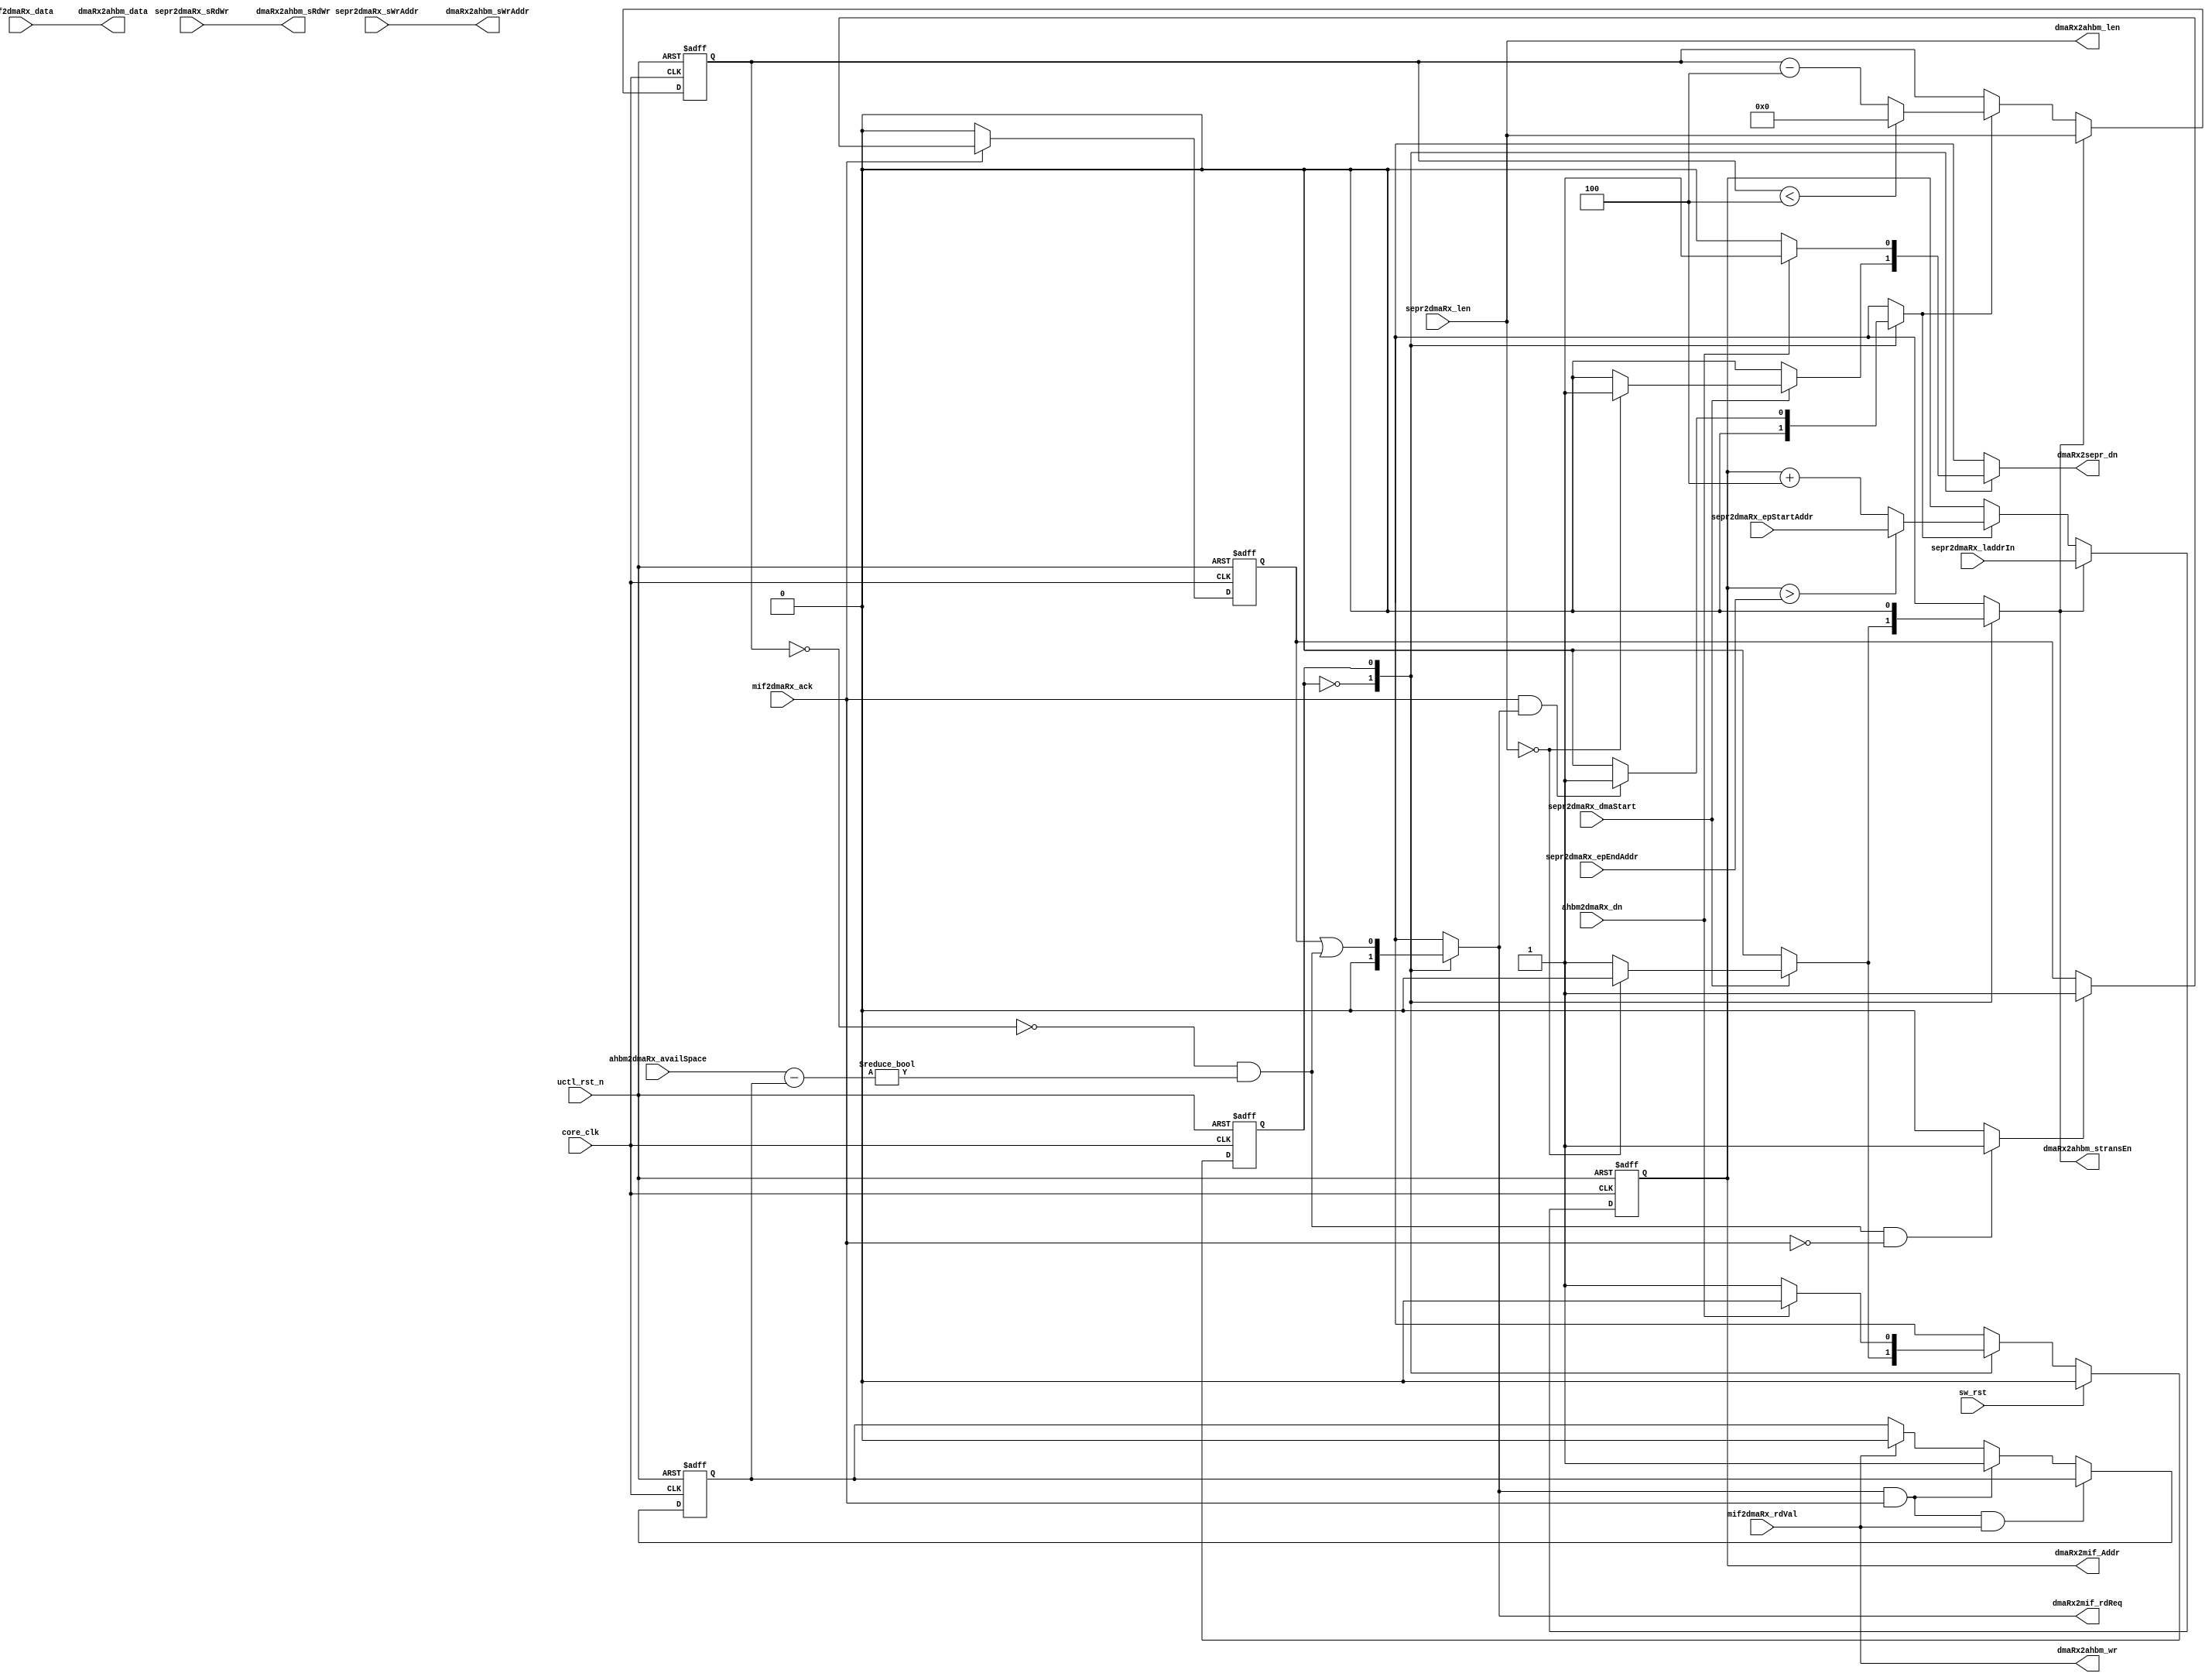
`timescale 1ns / 1ps
//-------------------------------------------------------------------
// Copyright  2012 TECHVULCAN, Inc. All rights reserved.   
// TechVulcan Confidential and Proprietary
// Not to be used, copied reproduced in whole or in part, nor   
// its contents   
// revealed in any manner to others without the express written   
// permission of TechVulcan
// Licensed Material.
// Program Property of TECHVULCAN Incorporated.
// ------------------------------------------------------------------
// AUTHOR EMAIL   : anuj.pandey@techvulcan.com
// VERSION  No.   : 0.4
//-------------------------------------------------------------------

//TODO fixes in 0.4
// 1. nearlyFull signal is changed now. Now we are seeing available space in fifo and acc to that we are
//    sending read request to memory.

//TODO  fixes in 0.3
// 1. nearlyFull signal is used now, earlier we were using full signal - done
// 2. memRedReq was going low without gettin ack, that bug is closed now.
// 3. now systemWrite address is coming from sepr. earlier it was coming from reg block

//TODO  fixes in 0.2
// 1. code for wrapping of memeory address is corrected now 

module uctl_dmaRx #(
   parameter CNTR_WD         = 20 ,                               
             DMA_RD_FIFO_ADR = 4  ,
             MEM_ADD_WD      = 32 ,
             DATA_SIZE       = 32 ,          
             ADDR_SIZE       = 32
)(
   //---------------------------------------------------------------
   // Global Signals
   //---------------------------------------------------------------
   input  wire                             uctl_rst_n              , 
   input  wire                             core_clk                ,

   //---------------------------------------------------------------
   // Register Interface                       -- reg
   //---------------------------------------------------------------
 //input  wire [1                      :0] reg2dmaRx_sBusIntf      ,// Bus Interface used for transfer --
                                                                    // 00: AHB master, 01: AXI master, 10: rsrvd, 11: rsrvd
   input  wire                             sw_rst                  ,// TODO : from where this signal will come ?

   //---------------------------------------------------------------
   // System Endpoint Controller Rx Interface  -- sepr
   //---------------------------------------------------------------    
   input  wire [ADDR_SIZE -1           :0] sepr2dmaRx_sWrAddr      ,// 32 bit write address in system memory
   input  wire [ADDR_SIZE -1           :0] sepr2dmaRx_laddrIn      ,// Local buffer address
   input  wire                             sepr2dmaRx_dmaStart     ,// Dma start. .high till it didnt receive Done signal from AHB
   input  wire [CNTR_WD   -1           :0] sepr2dmaRx_len          ,// Length of transfer in Bytes
   input  wire [ADDR_SIZE -1           :0] sepr2dmaRx_epStartAddr  ,// Endpoint Buffer Start Address for wrapping the data TODO : dis signals not used
   input  wire [ADDR_SIZE -1           :0] sepr2dmaRx_epEndAddr    ,// Endpoint Buffer End Address for wrapping the data   TODO : dis signals not used
 //input  wire [3                      :0] sepr2dmaRx_rdBE         ,// Byte enable signal used for last data transfer
   input  wire                             sepr2dmaRx_sRdWr        ,
  
   output reg                              dmaRx2sepr_dn           ,// Dma write transfer to system memory completed
    
   //---------------------------------------------------------------
   // Local Memory Rx Interface               -- memrif
   //---------------------------------------------------------------
   input  wire [DATA_SIZE -1           :0] mif2dmaRx_data          ,// read data from local buffer
   input  wire                             mif2dmaRx_ack           ,// acknowledgmnt from local buffer when valid data received
   input  wire                             mif2dmaRx_rdVal         ,// data valid signal from local memory

   output wire [ADDR_SIZE -1           :0] dmaRx2mif_Addr          ,// Read address of memory location in local buffer
   output reg                              dmaRx2mif_rdReq         ,// Read request from dmaRx to local buffer

   //---------------------------------------------------------------
   // ctrl interface                           -- ahbm
   //---------------------------------------------------------------
   output wire [ADDR_SIZE -1           :0] dmaRx2ahbm_sWrAddr      ,//dmaRx2ctrl_sWrAddr : System memory address
   output wire                             dmaRx2ahbm_sRdWr        ,//dmaRx2ctrl_sRdWr : Read or write operation
   output wire [CNTR_WD   -1           :0] dmaRx2ahbm_len          ,//dmaRx2ctrl_len : Length of transfer in Bytes
   output reg                              dmaRx2ahbm_stransEn     ,//dmaRx2ctrl_stransEn
 //output wire [3                      :0] dmaRx2ahbm_BE           ,//dmaRx2ctrl_BE
   input  wire                             ahbm2dmaRx_dn           ,//ctrl2dmaRx_dn


   //---------------------------------------------------------------
   // fifo  interface                           --fifo 
   //---------------------------------------------------------------
   input  wire [DMA_RD_FIFO_ADR        :0] ahbm2dmaRx_availSpace   ,//fifo2dmaRx_full
   output wire [DATA_SIZE -1           :0] dmaRx2ahbm_data         ,//dmaRx2fifo_data
   output wire                             dmaRx2ahbm_wr            //dmaRx2fifo_wr : write request
         
   );    

   localparam    IDLE  = 1'b0;                                      // these are constants
   localparam    TRANS  = 1'b1;                                     // local param means constants

   //---------------------------------------------------------------
   // Local wires and registers
   //---------------------------------------------------------------
   reg  [ADDR_SIZE -1             :0] mem_add_l                    ;// it will take the local address
   reg                                mem_addr_ld                  ;// signal which will indicate load memory address
   reg                                mem_addr_inc                 ;// indicates inc the memory address

 //reg                                smem_addr_ld                 ;

   reg                                mem_bytes_cntr_dec           ;// signal indicates dec the no f bytes
   reg  [CNTR_WD   -1             :0] mem_bytes_cntr               ;// internal reg where no of will b stored
   reg                                mem_bytes_cntr_ld            ;               

   reg                                current_state                ;
   reg                                next_state                   ;             
   wire                               mem_bytes_cntr_iszero        ; 
   reg  [ADDR_SIZE -1             :0] mem_add_l_nxt                ; 
   wire                               ack_reReq_high               ; 
   reg                                hold_req                     ;
   wire                               memRdReq                     ;
   wire                               clear_flag                   ;
   wire                               set_flag                     ;
   wire [DMA_RD_FIFO_ADR          :0] actual_availSpace            ;
   reg                                pendFifoInTrs                ;


   //---------------------------------------------------------------
   // Code Starts From Here
   //---------------------------------------------------------------

   //assign dmaRx2ahbm_BE       = sepr2dmaRx_rdBE        ;
   assign dmaRx2ahbm_sWrAddr    = sepr2dmaRx_sWrAddr     ;
   assign dmaRx2mif_Addr        = mem_add_l              ; 
   assign dmaRx2ahbm_len        = sepr2dmaRx_len         ; 
   assign dmaRx2ahbm_wr         = mif2dmaRx_rdVal        ;
   assign dmaRx2ahbm_data       = mif2dmaRx_data         ;
   assign dmaRx2ahbm_sRdWr      = sepr2dmaRx_sRdWr       ;
   

   always @(*) begin
      if(mem_addr_ld) begin
         mem_add_l_nxt =sepr2dmaRx_laddrIn;           // local reg value on load signal
      end
      else if (mem_addr_inc) begin                    // incrmntin signal to incrmnt the address
         if(mem_add_l >  sepr2dmaRx_epEndAddr) begin
            mem_add_l_nxt  = sepr2dmaRx_epStartAddr;
         end
         else begin
            mem_add_l_nxt = mem_add_l + 3'b100;
         end
      end
      else begin
         mem_add_l_nxt  = mem_add_l;
      end
   end 


   // Local Memory address Counter
   always@(posedge core_clk or negedge uctl_rst_n) begin
      if(!uctl_rst_n) begin
         mem_add_l <= {ADDR_SIZE{1'b0}};              // local reg value on global rst
      end
      else begin
         mem_add_l <= mem_add_l_nxt;
      end
      
   end


   

   // Byte counter
   always@(posedge core_clk or negedge uctl_rst_n) begin
      if(!uctl_rst_n) begin
         mem_bytes_cntr <= {CNTR_WD{1'b0}};           // loc reg value on global rst
      end
      else if(mem_bytes_cntr_ld) begin                // on load signl, assign tot no f bytes to locl reg   
         mem_bytes_cntr <= sepr2dmaRx_len;
      end
      else if (mem_bytes_cntr_dec)begin               // on dec signal , dec the countr by 4
         if( mem_bytes_cntr < 3'd4) begin           
            mem_bytes_cntr <= {CNTR_WD{1'b0}};        // if no f bytes < 4 , make value f loc reg is 0
         end 
         else begin 
            mem_bytes_cntr <= mem_bytes_cntr - 3'd4;  // decrsin d no f bytes by 4 if no f bytes are > 0
         end
      end
   end

   //ack-flag
   always@(posedge core_clk or negedge uctl_rst_n) begin
      if(!uctl_rst_n) begin
         hold_req <= 1'b0;
      end
      else if(clear_flag)begin
         hold_req <= 1'b0;
      end
      else if(set_flag)begin
         hold_req <= 1'b1; 
      end  
   end

   // Track pending Fifo ins
   // ---------------------------------------------------------------------
   assign inc_pendFifoInTrs = dmaRx2mif_rdReq & mif2dmaRx_ack;
   assign dec_pendFifoInTrs = mif2dmaRx_rdVal;

   always@(posedge core_clk or negedge uctl_rst_n) begin
      if(!uctl_rst_n) begin
         pendFifoInTrs <= 1'b0;
      end
      else if (inc_pendFifoInTrs && dec_pendFifoInTrs) begin
         pendFifoInTrs <= pendFifoInTrs;              // stay at previous value
      end
      else if (inc_pendFifoInTrs) begin
         pendFifoInTrs <= 1'b1;                       // Increment
      end
      else if (dec_pendFifoInTrs) begin
         pendFifoInTrs <= 1'b0;                       // decrement
      end
   end
   
   assign mem_bytes_cntr_iszero   = mem_bytes_cntr == {CNTR_WD{1'b0}};   
   assign actual_availSpace       = ahbm2dmaRx_availSpace - {4'b0, pendFifoInTrs};

   assign memRdReq                = ~mem_bytes_cntr_iszero & (actual_availSpace != {5{1'b0}});
   assign ack_reReq_high          = (mif2dmaRx_ack== 1'b1) && (dmaRx2mif_rdReq == 1'b1) ;
  
   assign clear_flag              = (mif2dmaRx_ack == 1'b1) ? 1'b0 : 1'b1; 
   assign set_flag                = (memRdReq == 1'b1) && (mif2dmaRx_ack == 1'b0) ? 1'b1 : 1'b0;

   always@(*) begin
      next_state           = current_state;
      mem_addr_ld          = 1'b0;
    //smem_addr_ld         = 1'b0;
      mem_bytes_cntr_ld    = 1'b0;
      dmaRx2ahbm_stransEn  = 1'b0;
      dmaRx2sepr_dn        = 1'b0;
      mem_bytes_cntr_dec   = 1'b0;
      mem_addr_inc         = 1'b0; 
      case(current_state)
         IDLE: begin
            if(sepr2dmaRx_dmaStart) begin
               if(sepr2dmaRx_len   == {CNTR_WD{1'b0}}) begin
                  next_state          = IDLE ;
                  dmaRx2sepr_dn       = 1'b1 ;
               end
               else begin
                  dmaRx2ahbm_stransEn = 1'b1 ; 
                  next_state          = TRANS;
                  mem_bytes_cntr_ld   = 1'b1 ;
                  mem_addr_ld         = 1'b1 ;
                  //smem_addr_ld      = 1'b1 ;
               end           
            end
            dmaRx2mif_rdReq = 1'b0;
         end

         TRANS: begin
            dmaRx2mif_rdReq = (hold_req ) | (memRdReq)  ;


            if(ack_reReq_high) begin
               mem_bytes_cntr_dec = 1'b1;
               mem_addr_inc = 1'b1;
            end

            //if(mem_bytes_cntr_iszero)begin
            if(ahbm2dmaRx_dn == 1'b1) begin
               next_state = IDLE;
               dmaRx2sepr_dn = 1'b1;
            end
         end
      endcase
   end

   always@(posedge core_clk or negedge uctl_rst_n) begin
      if(!uctl_rst_n) begin
         current_state <= IDLE;
      end
      else if (sw_rst) begin
         current_state <=  IDLE;
      end
      else begin
         current_state <= next_state;
      end
   end

endmodule